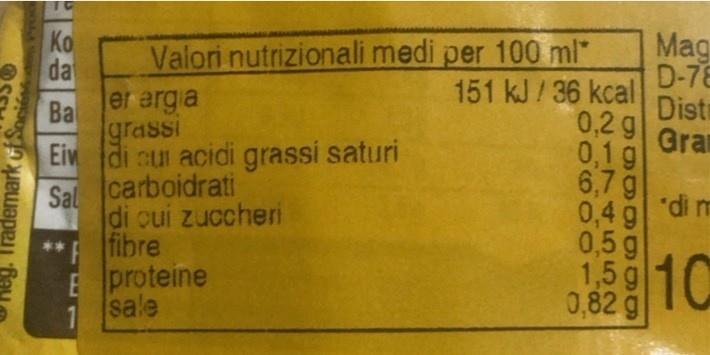
Ko da
Mag
Valori nutrizionali medi per 100 ml* er argia grassi
D-78 151 kJ/36 kcal Distr 0,2 g Gra 0,1 g
Ba
Ein di sui acidi grassi saturi Sal
6,7 g "di m 0,4 g
carboidrati di cui zuccheri fibre Eproteine sale
0,5 g 1,5g 10 0,82 g
10
1
heg. Trademark GfSoi